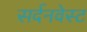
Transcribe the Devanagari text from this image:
सर्दनवेस्ट